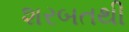
શરબતથી